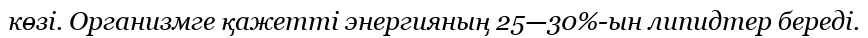
көзі. Организмге қажетті энергияның 25—30%-ын липидтер береді.